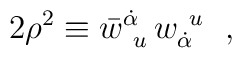
2\rho^2 \equiv \bar w^{\dot\alpha}_{~u}\,w_{\dot\alpha}^{~u}~~,